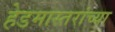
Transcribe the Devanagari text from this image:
हेडमास्तरांच्या